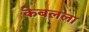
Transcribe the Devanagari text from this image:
केबलला